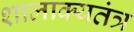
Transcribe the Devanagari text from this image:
शालाक्यतंत्र